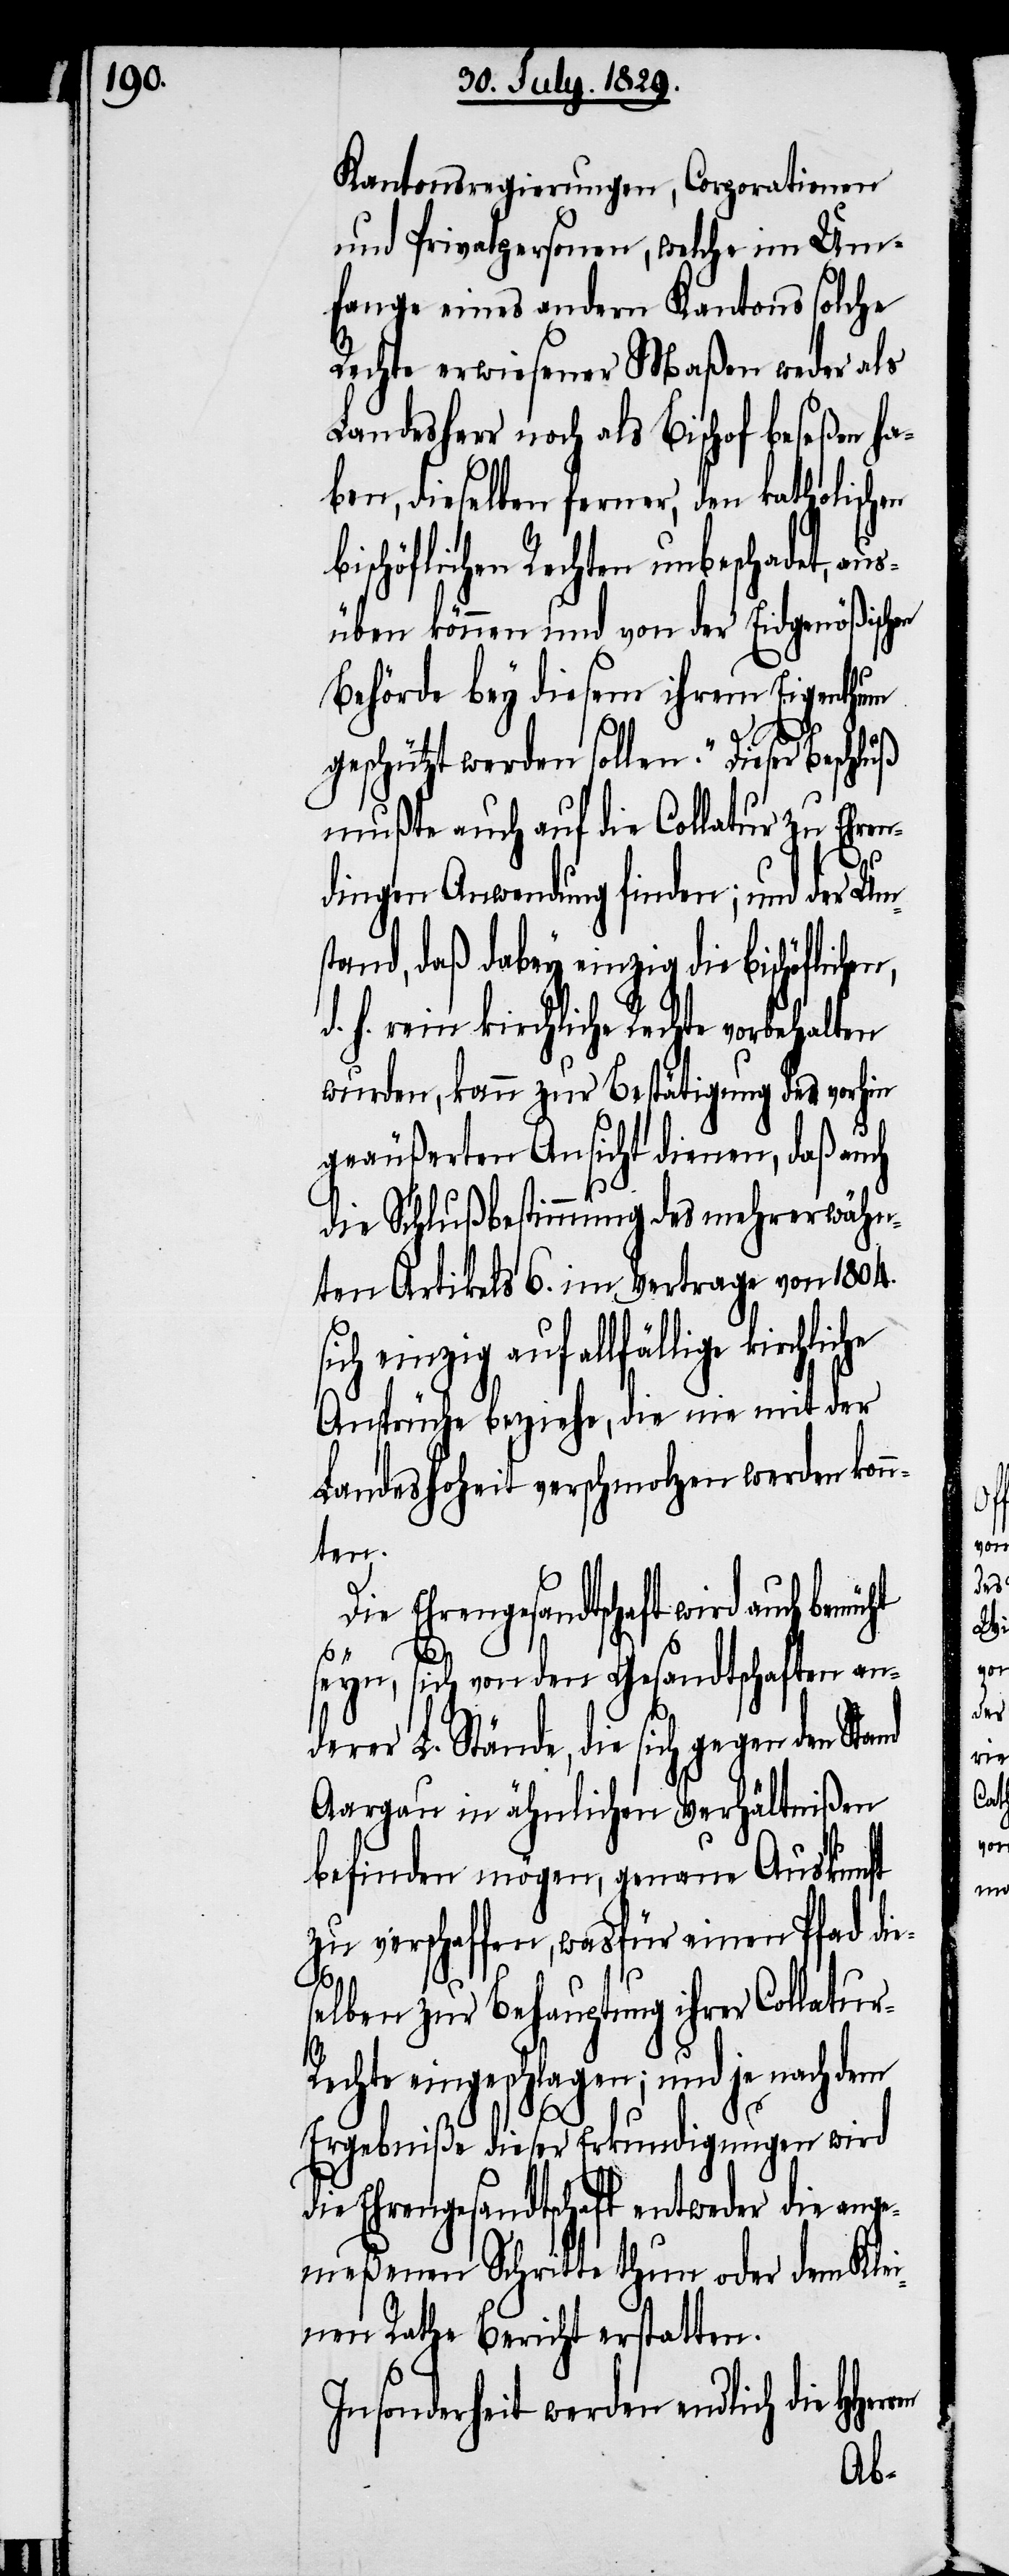
Kantonsregierungen, Corporationen
und Privatpersonen, welche im Um¬
fange eines andern Kantons solche
Rechte erwiesener Maßen weder als
Landesherr noch als Bischof beseßen ha¬
ben, dieselben ferner, den katholischen
bischöflichen Rechten unbeschadet, aus¬
üben können und von der Eidgenößischen
Behörde bey diesem ihrem Eigenthum
geschützt werden sollen.“ Dieser
mußte auch auf die Collatur zu Ehren¬
dingen Anwendung finden; und der Um¬
stand, daß dabey einzig die bischöflic¬
d. h. rein kirchlichen Rechte vorbehalten
wurden, kann zur Bestätigung der vorhin
geäußerten Ansicht dienen, daß auch
die Schlußbestimmung des mehrerwähn¬
ten Artikels 6. im Vertrage von 1804.
ch einzig auf allfällige
Ansprüche beziehe, die nie mit der
Landeshoheit verschmolzen werden konn¬
ten.
Die Ehrengesandtschaft wird auch
si¬
seyn, sich von den Gesandtschaften an¬
derer L. Stände, die sich gegen den Stand
Aargau in ähnlichen Verhältnißen
befinden mögen, genaue Auskunft
zu verschaffen, wasfür einen Pfad die¬
selben zur Behauptung ihrer Collatur-R¬
echte einschlagen; und je nach dem
Ergebniße dieser Erkundigungen wird
die Ehrengesandtschaft entweder die ange¬
meßenen Schritte thun oder dem Klei¬
nen Rathe Bericht erstatten.
Insonderheit werden endlich die